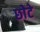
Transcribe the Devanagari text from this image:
छोेटे